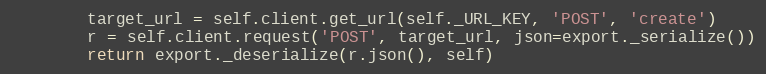
Language: Python
        target_url = self.client.get_url(self._URL_KEY, 'POST', 'create')
        r = self.client.request('POST', target_url, json=export._serialize())
        return export._deserialize(r.json(), self)